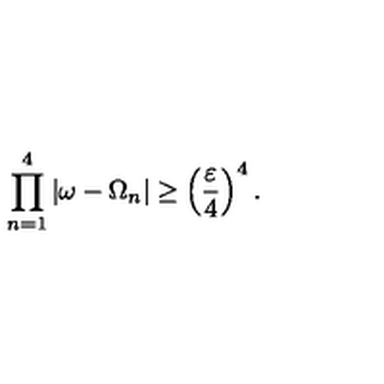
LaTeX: \prod _ { n = 1 } ^ { 4 } | \omega - \Omega _ { n } | \geq \left( \frac { \varepsilon } { 4 } \right) ^ { 4 } .